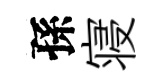
孫寝